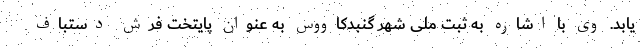
یابد. وی با اشاره به ثبت ملی شهر گنبدکاووس به عنوان پایتخت فرش دستباف